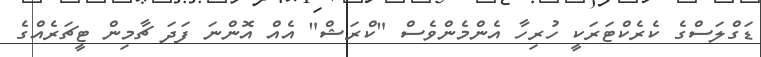
ޑަގްލަސްގެ ކެރެކްޓަރަކީ ހުރިހާ އެންމެންވެސް "ކްރަޝް" އެއް އޮންނަ ފަދަ ޗާމިން ޓީޗަރެއްގެ